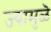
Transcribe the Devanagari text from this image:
ज्यामुळॆ